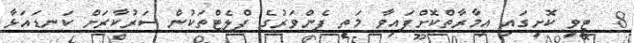
8  ޓީވީ ކޮށީގައި އިމާރާތްކޮށްފައިވާ މަތީ ފެންވަރުގެ ފްލެޓްތަކުން ސަރުކާރަށް ކަނޑައަޅާ